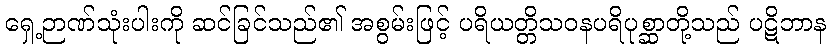
ရှေ့ဉာဏ်သုံးပါးကို ဆင်ခြင်သည်၏ အစွမ်းဖြင့် ပရိယတ္တိသဝနပရိပုစ္ဆာတို့သည် ပဋိဘာန